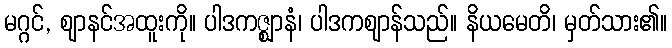
မဂ္ဂင်, ဈာနင်အထူးကို။ ပါဒကဇ္ဈာနံ၊ ပါဒကဈာန်သည်။ နိယမေတိ၊ မှတ်သား၏။